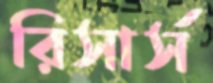
রিসার্স